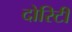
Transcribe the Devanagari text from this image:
दोरिटी